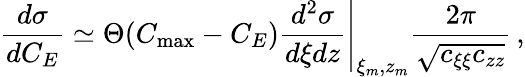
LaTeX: \frac{d\sigma}{d{C_{E}}}\simeq\Theta(C_{\mathrm{max}}-C_{E})\left.\frac{d^{2}\sigma}{d\xi dz}\right|_{\xi_{m},z_{m}}\frac{2\pi}{\sqrt{c_{\xi\xi}c_{zz}}}\, ,